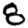
Digit: 8